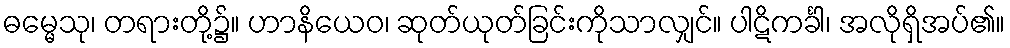
ဓမ္မေသု၊ တရားတို့၌။ ဟာနိယေဝ၊ ဆုတ်ယုတ်ခြင်းကိုသာလျှင်။ ပါဋိကင်္ခါ၊ အလိုရှိအပ်၏။